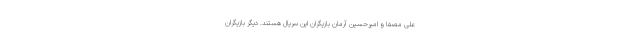
علی مصفا و امیرحسین آرمان بازیگران این سریال هستند. دیگر بازیگران